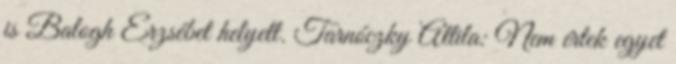
is Balogh Erzsébet helyett. Tarnóczky Attila: Nem értek egyet